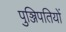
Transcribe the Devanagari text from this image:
पुञ्जिपतियों